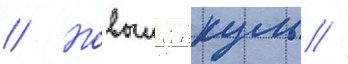
// Новыи янкуль //